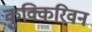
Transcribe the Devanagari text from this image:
कुक्किरिवन